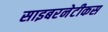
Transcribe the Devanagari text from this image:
साइबरनेटीकस